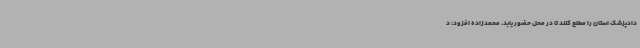
دادپزشک استان را مطلع کنند تا در محل حضور یابد. محمدزاده افزود: د